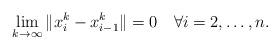
LaTeX: \begin{align*} \lim_{k\to\infty}\|x_{i}^k-x_{i-1}^k\|=0\quad\forall i=2,\dots, n.\end{align*}